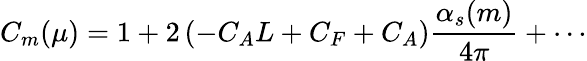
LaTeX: C_{m}(\mu)=1+2\left(-C_{A}L+C_{F}+C_{A}\right)\frac{\alpha_{s}(m)}{4\pi}+\cdots